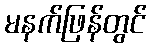
မနက်ဖြန်တွင်